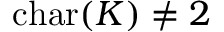
\operatorname { c h a r } ( K ) \neq 2